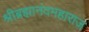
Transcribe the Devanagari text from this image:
श्रीब्रह्मानंदमहाराज